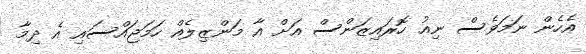
އެހެން ނަމަވެސް ނިއު ހޮރައިޒަންސް އަށް އާ މަންޒިލެއް ހަމަޖައްސައި އެ ދިމާ